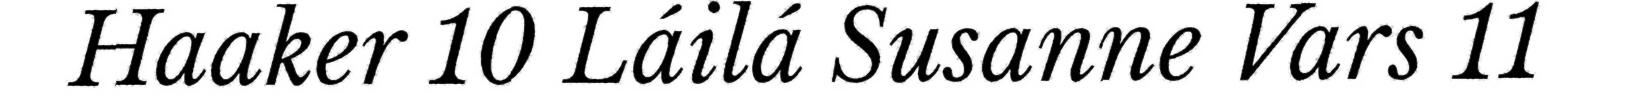
Haaker 10 Láilá Susanne Vars 11